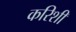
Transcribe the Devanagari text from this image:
करिशी